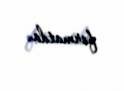
formatda.